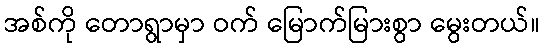
အစ်ကို တောရွာမှာ ဝက် မြောက်မြားစွာ မွေးတယ်။